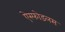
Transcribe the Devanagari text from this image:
ऐस्फोडलस